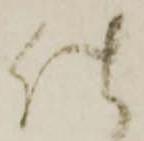
仕